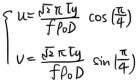
\[
\begin{cases}
u = \frac{\sqrt{2} \pi \mu}{\sqrt{f \rho D}} \cos \left(\frac{\pi}{4}\right) \\
v = \frac{\sqrt{2} \pi \mu}{\sqrt{f \rho D}} \sin \left(\frac{\pi}{4}\right)
\end{cases}
\]